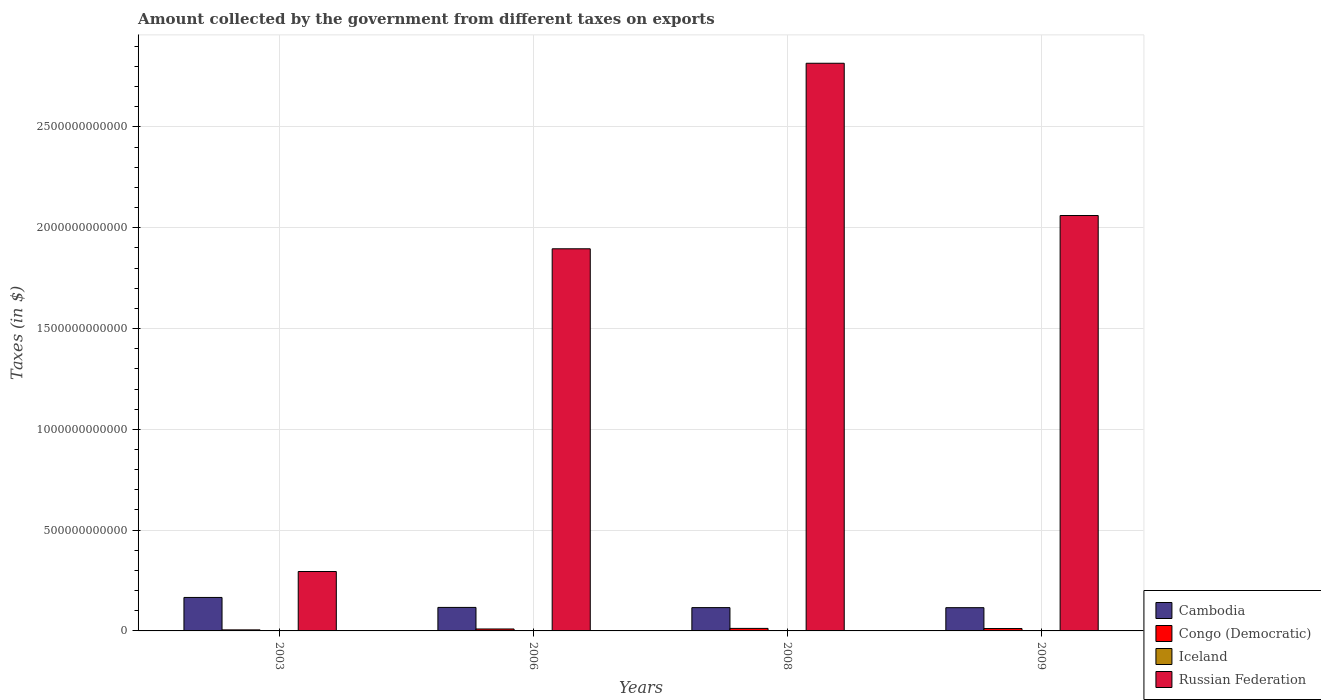
| Years | Cambodia | Congo (Democratic) | Iceland | Russian Federation |
 | --- | --- | --- | --- | --- |
 | 2003 | 1.66e+11 | 5.12e+09 | 7.25e+05 | 2.95e+11 |
 | 2006 | 1.17e+11 | 9.63e+09 | 3.1e+06 | 1.9e+12 |
 | 2008 | 1.16e+11 | 1.25e+10 | 6.26e+06 | 2.82e+12 |
 | 2009 | 1.15e+11 | 1.18e+10 | 5.41e+06 | 2.06e+12 |